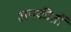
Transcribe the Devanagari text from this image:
अपकीर्ती